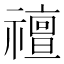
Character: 䄠